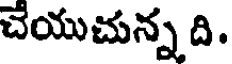
చేయుచున్న ది.